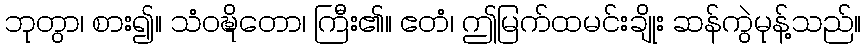
ဘုတွာ၊ စား၍။ သံဝဍ္ဎိတော၊ ကြီး၏။ ဧတံ၊ ဤမြက်ထမင်းချိုး ဆန်ကွဲမုန့်သည်။